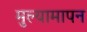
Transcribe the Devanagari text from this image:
मुल्यामापन